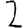
Digit: 2